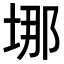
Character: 𡌈